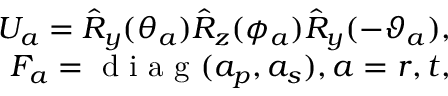
\begin{array} { r } { U _ { a } = \hat { R } _ { y } ( \theta _ { a } ) \hat { R } _ { z } ( \phi _ { a } ) \hat { R } _ { y } ( - \vartheta _ { a } ) , } \\ { F _ { a } = \mathrm { ~ d ~ i ~ a ~ g ~ } ( a _ { p } , a _ { s } ) , a = r , t , } \end{array}